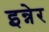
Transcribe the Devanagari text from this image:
इन्नेर